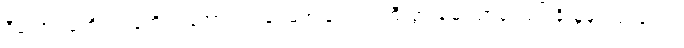
ဒီတော့ လူတိုင်း လူတိုင်း အောက်တန်း မကျချင်ရင် ကြီးပွားချမ်းသာချင်ရင် ခိုးမှုမှ ကြဉ်ရှောင်